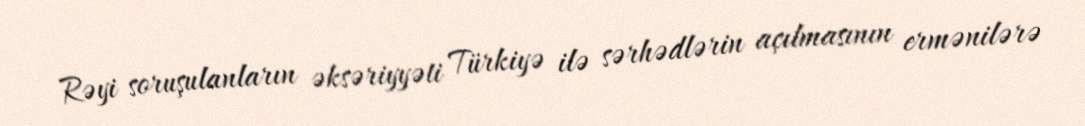
Rəyi soruşulanların əksəriyyəti Türkiyə ilə sərhədlərin açılmasının ermənilərə